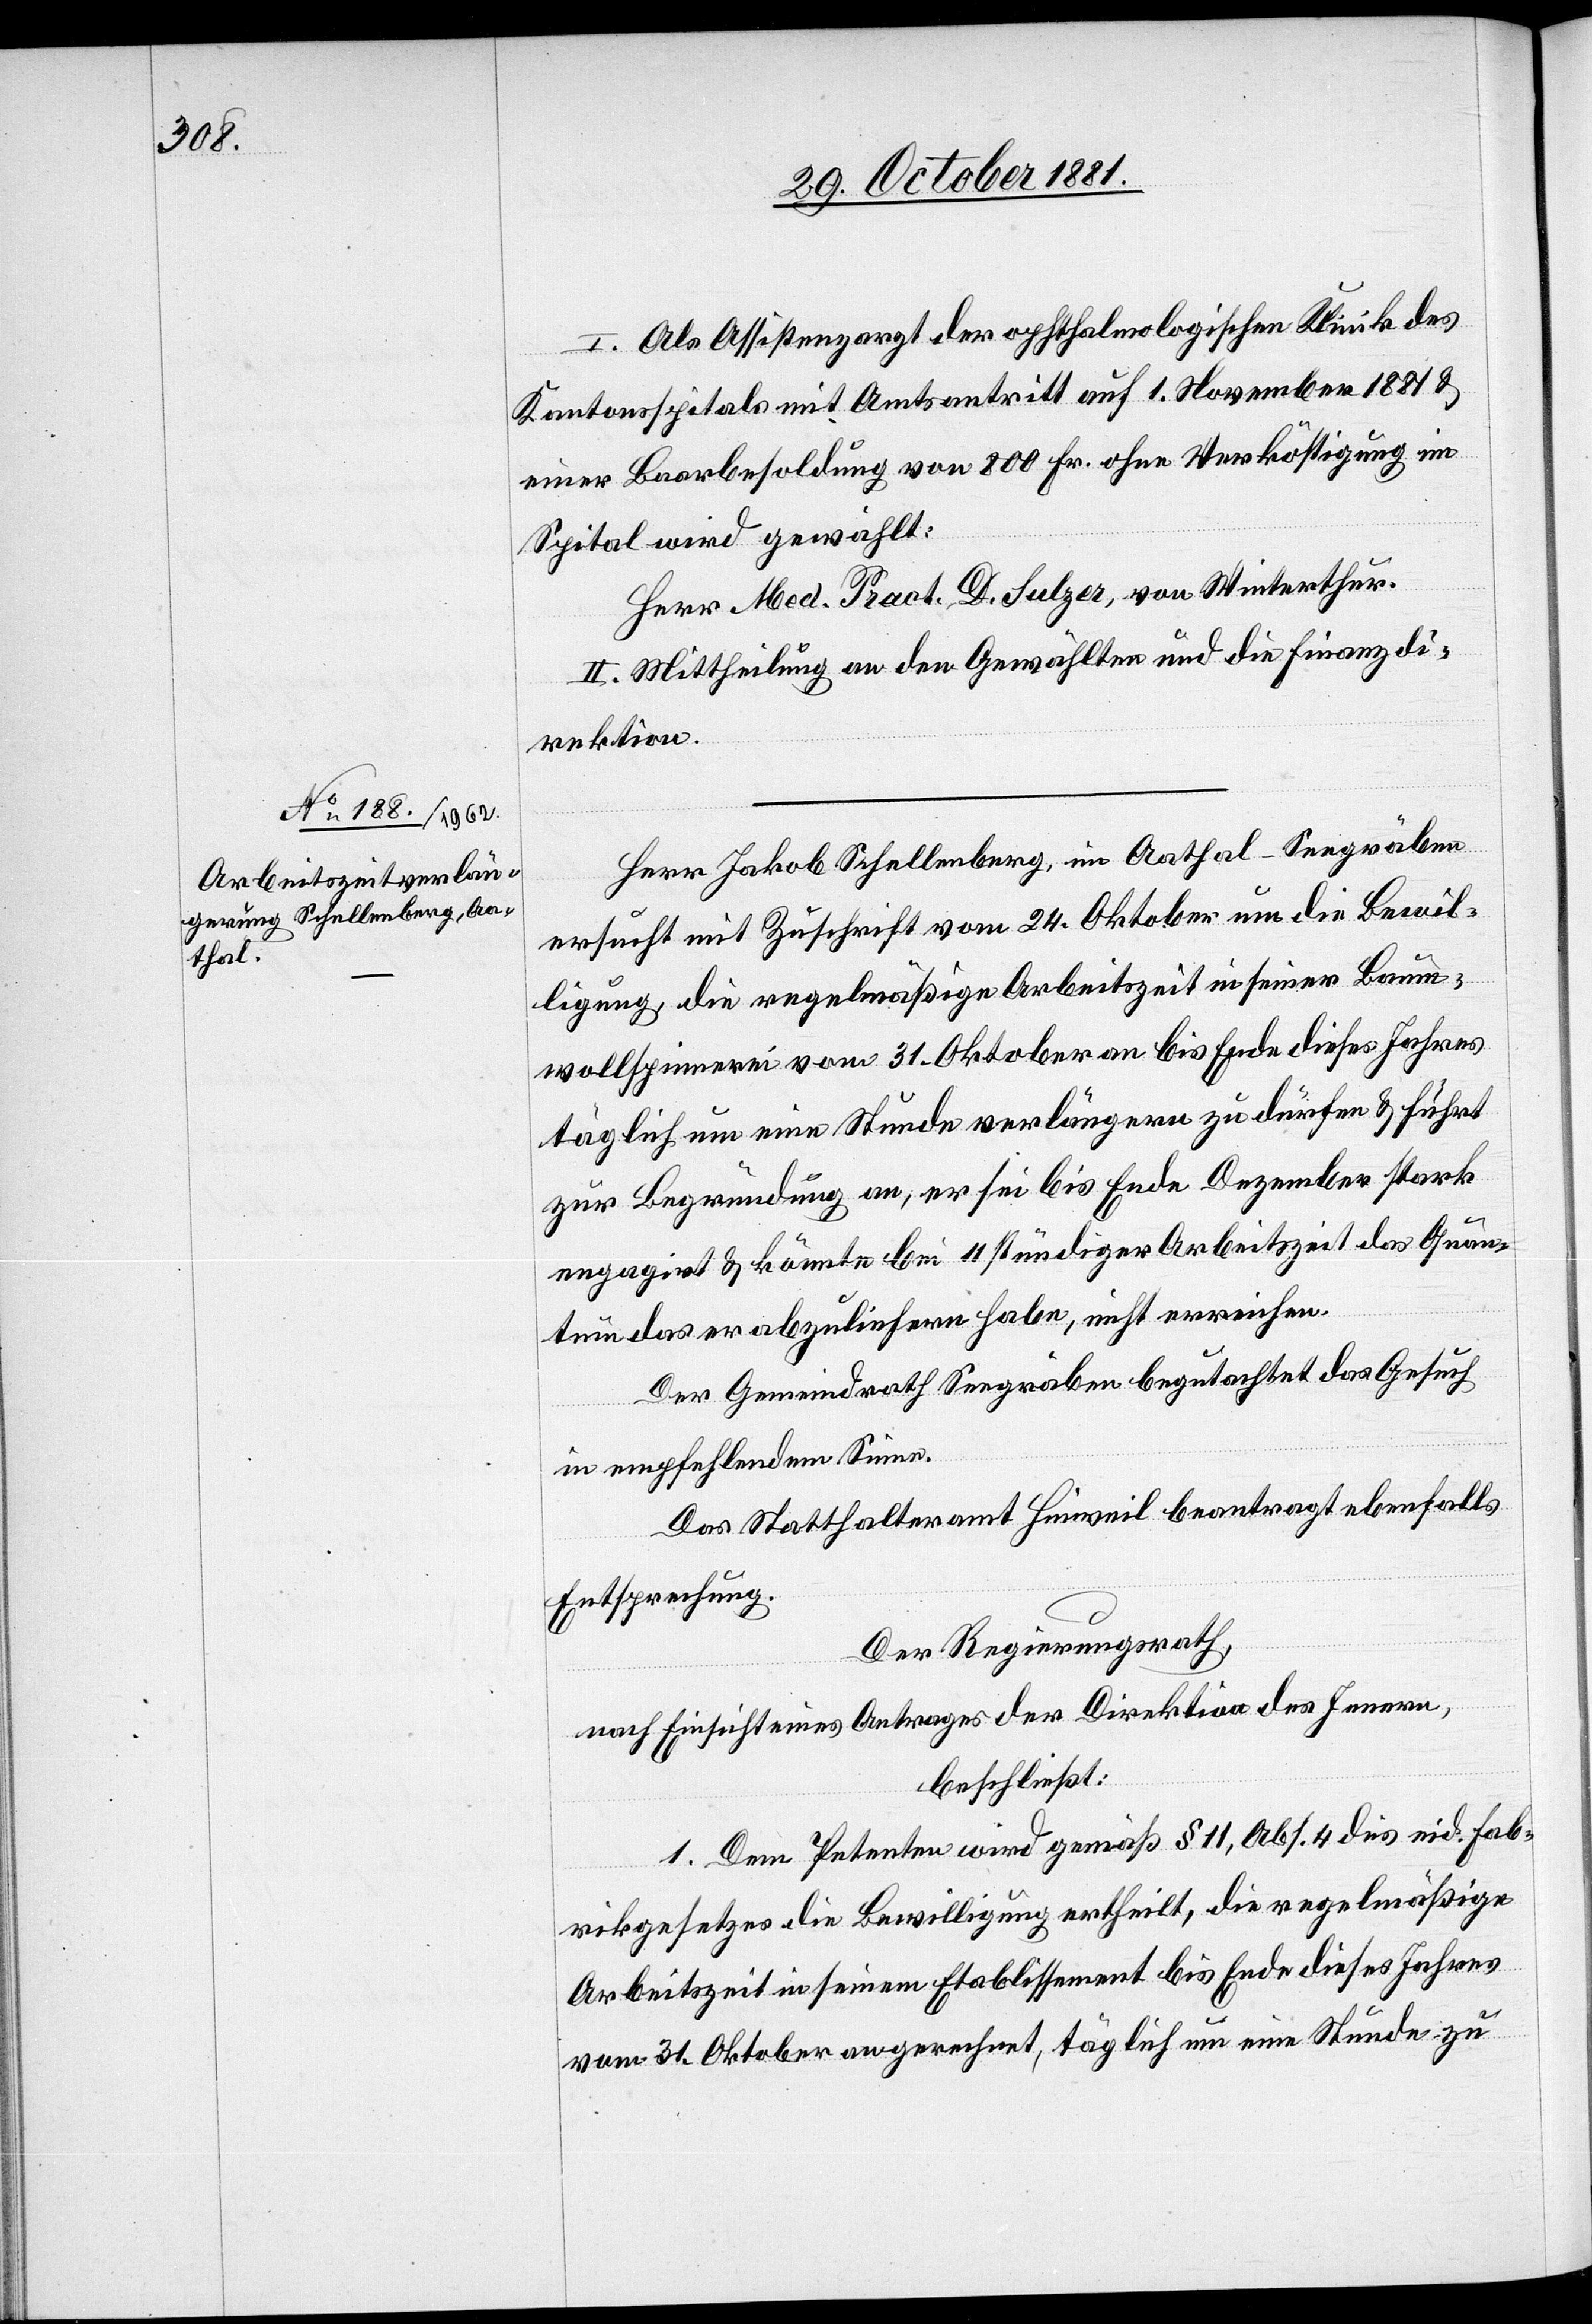
I. Als Assistenzarzt der ophthalmologischen Klinik des
Kantonsspitals mit Amtsantritt auf 1. November 1881 &
einer Baarbesoldung von 800 Fr. ohne Verköstigung im
Spital wird gewählt:
Herr Med. Pract. D. Sulzer, von Winterthur.
II. Mittheilung an den Gewählten und die Finanzdi¬
rektion.
Herr Jakob Schellenberg, im Aathal-Seegräben
ersucht mit Zuschrift vom 24. Oktober um die Bewil¬
ligung, die regelmäßige Arbeitszeit in seiner Baum¬
wollspinnerei vom 31. Oktober an bis Ende dieses Jahres
täglich um eine Stunde verlängern zu dürfen & führt
zur Begründung an, er sei bis Ende Dezember stark
engagirt & könnte bei 11 stündiger Arbeitszeit das Quan¬
tum das er abzuliefern habe, nicht erreichen.
Der Gemeindrath Seegräben begutachtet das Gesuch
in empfehlendem Sinne.
Das Statthalteramt Hinweil beantragt ebenfalls
Entsprechung.
Der Regierungsrath,
nach Einsicht eines Antrages der Direktion des Innern,
beschließt:
1. Dem Petenten wird gemäß Art. 11, Abs. 4 des eid. Fab¬
rikgesetzes die Bewilligung ertheilt, die regelmäßige
Arbeitszeit in seinem Etablissement bis Ende dieses Jahres
vom 31. Oktober an gerechnet, täglich um eine Stunde zu